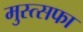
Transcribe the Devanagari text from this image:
मुस्त्सफा